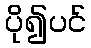
ပို၍ပင်